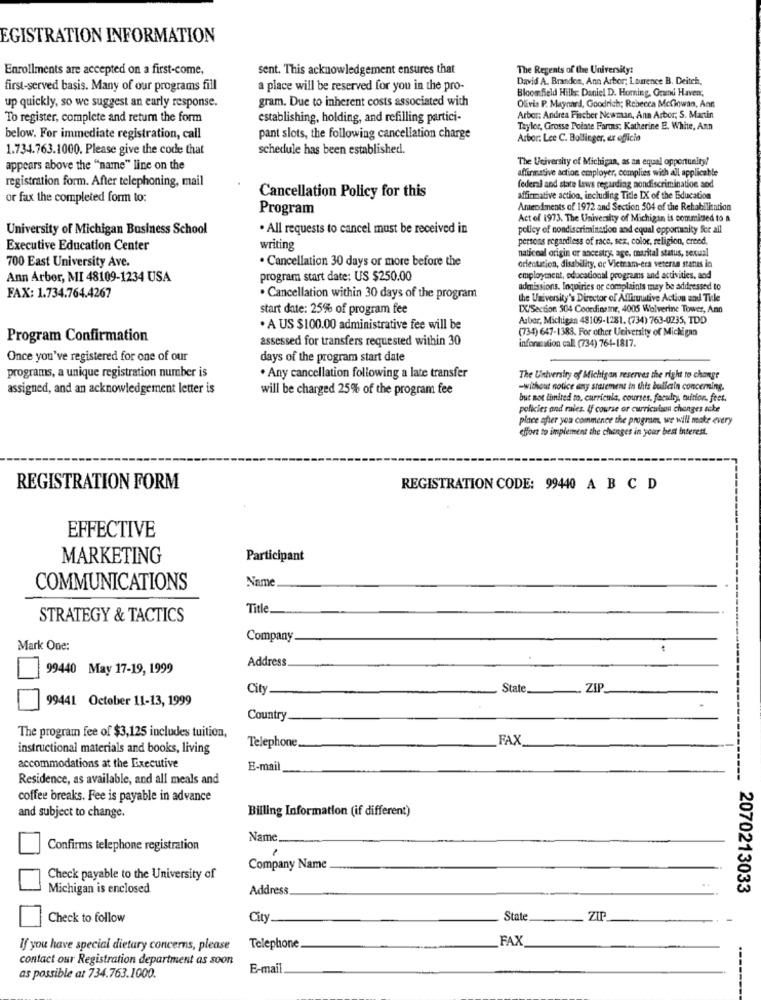
EGISTRATION INFORMATION
Enrollments are accepted on a first-come,
sent. This acknowledgement ensures that
The Regents of the University:
David A. Brandon, Ann Arbor; Laurence B. Deitch,
first-served basis. Many of our programs fill
a place will be reserved for you in the pro-
Bloomfield Hills: Daniel D. Homing, Grand Haven,
gram. Due to inherent costs associated with
up quickly, so we suggest an early response.
Ofria P. Maynard, Goodrich; Rebecca Mcliowan, Ann
To register, complete and return the form
establishing, holding, and refilling partici-
Arbor: Andrea Fischer Newman, Ann Arbor; S. Martin
Taylor, Grosse Pointe Faros; Katherine E. White, Ann
below. For immediate registration, call
pant slots, the following cancellation charge
Arbor: Lee C. Bollinger, ex officio
1.734.763.1000. Please give the code that
schedule has been established.
The University of Michigan, as an equal opportunity!
appears above the "name" line on the
affirmative action employer, complies with all applicable
registration form. After telephoning, mail
federal and state laws regarding nondiscrimination and
or fax the completed form to:
Cancellation Policy for this
affirmative action, including Title IX of the Education
Program
Amendments of 1972 and Section 504 of the Rehabilitation
Act of 1973. The University of Michigan is commised to a
University of Michigan Business School
. All requests to cancel must be received in
policy of nondiscrimination and equal opportunity for all
persons regardless of race, sex, color, religion, creed.
Executive Education Center
writing
naticoal origin er ancestry, age, marital status, sexual
. Cancellation 30 days or more before the
700 East University Ave.
orientacion, disability, or Vietnam-era veteran stanis in
Ann Arbor, MI 48109-1234 USA
program start date: US $250.00
employment, educational programs and activities, and
admissions. Inquiries or complaints may be addressed to
FAX: 1.734.764.4267
. Cancellation within 30 days of the program
the University's Director of Affiruutive Action and Title
start date: 25% of program fee
[X/Section 504 Coordinate, 4005 Wolverine Tower, Ann
Arbor, Michigan 48109-1281. (734) 763-0235, TDD
. A US $100.00 administrative fee will be
(734) 647-1388. For other University of Michigan
Program Confirmation
assessed for transfers requested within 30
information call (734) 764-1817.
Once you've registered for one of our
days of the program start date
programs, a unique registration number is
. Any cancellation following a late transfer
The University of Michigan reserves the right to change
assigned, and an acknowledgement letter is
will be charged 25% of the program fee
-without notice any statement in this budliczin concerning.
but not limited to, curricula, courses, facsdry, tuition fees.
policies and rales. If course or curriculaon changes acke
place after you commence the program, we will make every
effort to implement the changes in your best Interest.
REGISTRATION FORM
REGISTRATION CODE: 99440 A B C D
EFFECTIVE
MARKETING
Participant
Name
COMMUNICATIONS
Title
STRATEGY & TACTICS
Company
Mark One:
Address
99440 May 17-19, 1999
City
State
ZIP
99441 October 11-13, 1999
Country
The program fee of $3,125 includes tuition,
FAX
instructional materials and books, living
Telephone
accommodations at the Executive
E-mail
Residence, as available, and all meals and
coffee breaks. Fee is payable in advance
Billing Information (if different)
and subject to change.
Name
Confirms telephone registration
Company Name
Check payable to the University of
Michigan is enclosed
Address
2070213033
Check to follow
City_
State
ZIP
FAX
If you have special dietary concerns, please
Telephone
contact our Registration department as soon
E-mail
as possible at 734.763.1000.
--------